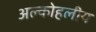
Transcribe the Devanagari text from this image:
अल्कोहलीय